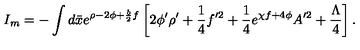
I _ { m } = - \int d \bar { x } e ^ { \rho - 2 \phi + \frac { b } { 2 } f } \left[ 2 \phi ^ { \prime } \rho ^ { \prime } + \frac { 1 } { 4 } f ^ { \prime 2 } + \frac { 1 } { 4 } e ^ { \chi f + 4 \phi } A ^ { \prime 2 } + \frac { \Lambda } { 4 } \right] .